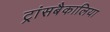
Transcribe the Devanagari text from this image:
ट्रांसबैकालिया